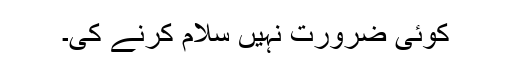
کوئی ضرورت نہیں سلام کرنے کی۔